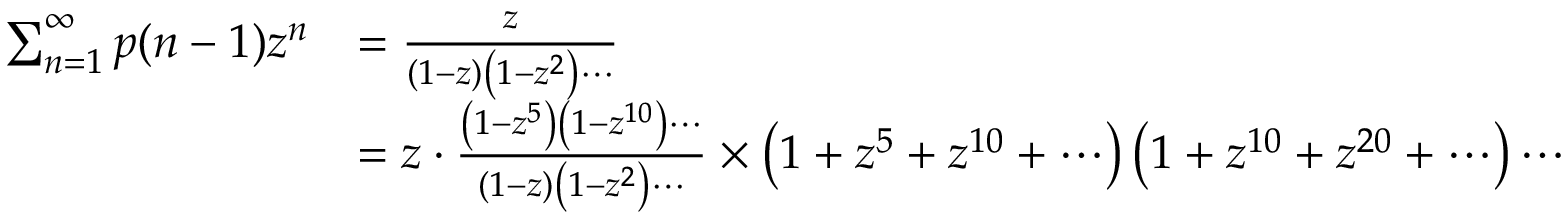
{ \begin{array} { r l } { \sum _ { n = 1 } ^ { \infty } p ( n - 1 ) z ^ { n } } & { = { \frac { z } { ( 1 - z ) \left( 1 - z ^ { 2 } \right) \cdots } } } \\ & { = z \cdot { \frac { \left( 1 - z ^ { 5 } \right) \left( 1 - z ^ { 1 0 } \right) \cdots } { ( 1 - z ) \left( 1 - z ^ { 2 } \right) \cdots } } \times \left( 1 + z ^ { 5 } + z ^ { 1 0 } + \cdots \right) \left( 1 + z ^ { 1 0 } + z ^ { 2 0 } + \cdots \right) \cdots } \end{array} }